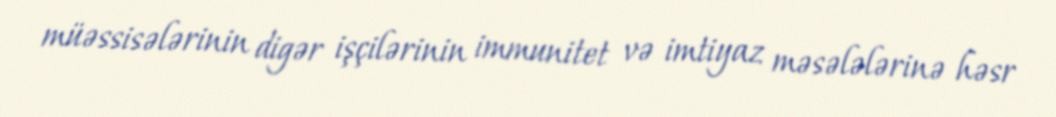
müəssisələrinin digər işçilərinin immunitet və imtiyaz məsələlərinə həsr